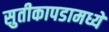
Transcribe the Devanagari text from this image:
सुतीकापडामध्ये